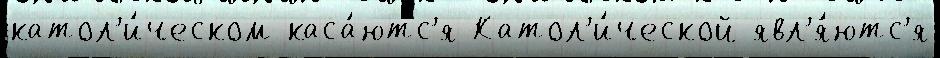
катол'и́ческом каса́ютс'я Катол'и́ческой явл'я́ютс'я